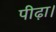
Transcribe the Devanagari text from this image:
पीढ़ा।